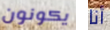
يكونون أنا